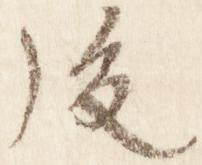
後